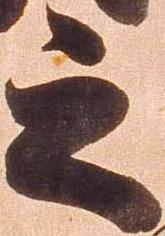
之